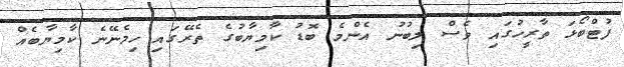
ފުޓްބޯޅަ ތާރީހުގައި ވެސް ލިބުނު އެންމެ ބޮޑު ކާމިޔާބުގެ ތެރޭގައި ހިމެނޭނެ ކާމިޔާބެއް